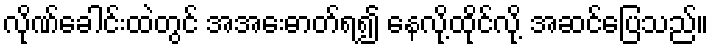
လိုဏ်ခေါင်းထဲတွင် အအေးဓာတ်ရ၍ နေလို့ထိုင်လို့ အဆင်ပြေသည်။